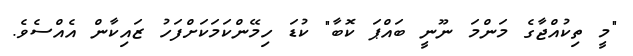
"މީ ތިކުއްޖާގެ މަންމަ ނޫނީ ބައްޕަ ކޮބާ" ކުޑަ ހިމޭންކަމަކަށްފަހު ޒައިކާން އެއްސެވެ.